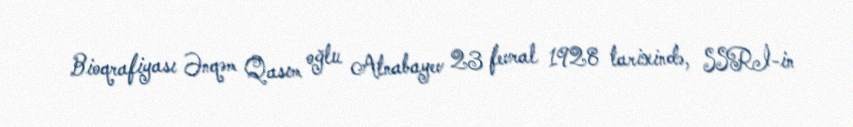
Bioqrafiyası Ənqəm Qasım oğlu Atnabayev 23 fevral 1928 tarixində, SSRİ-in